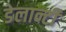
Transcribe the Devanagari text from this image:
डेलान्टी